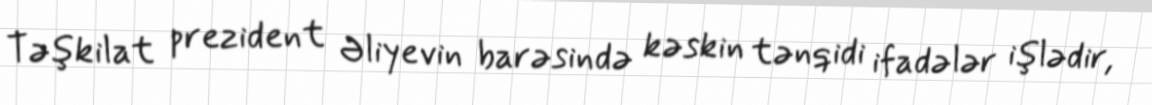
Təşkilat prezident Əliyevin barəsində kəskin tənqidi ifadələr işlədir,